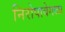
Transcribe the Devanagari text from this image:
निरोपावेगळा